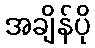
အချိန်ပို